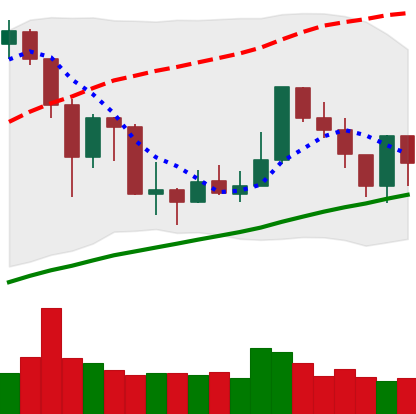
Ticker: XMR-USD
Chart end date: 2019-07-13
Forward return: -9.9%
Label: down_7plus